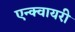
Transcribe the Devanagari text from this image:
एन्क्वायरी